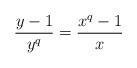
LaTeX: \begin{align*}\frac{y-1}{y^q}=\frac{x^q-1}{x}\end{align*}